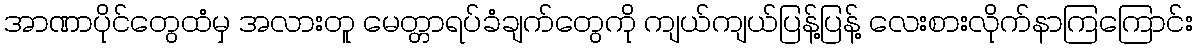
အာဏာပိုင်တွေထံမှ အလားတူ မေတ္တာရပ်ခံချက်တွေကို ကျယ်ကျယ်ပြန့်ပြန့် လေးစားလိုက်နာကြကြောင်း